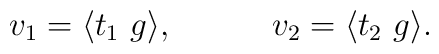
v_1 = \langle t_1~g \rangle ,~~~~~~~~~ v_2 = \langle t_2~ g \rangle.